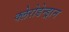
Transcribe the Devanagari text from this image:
क्लेरोडेन्ड्रान